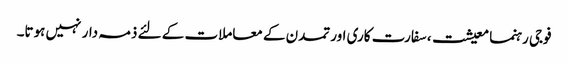
فوجی رہنما معیشت، سفارت کاری اور تمدن کے معاملات کے لئے ذمہ دار نہیں ہوتا۔